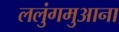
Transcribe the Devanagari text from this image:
ललुंगमुआना